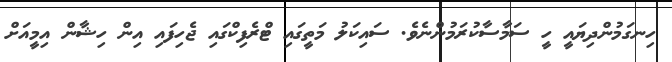
ހިނގަމުންދިޔައީ ހީ ސަމާސާކުރަމުންނެވެ. ސައިކަލު މަތީގައި ޓްރެފިކްގައި ޖެހިފައި އިން ހިޝާން އިމީއަށް